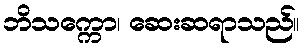
ဘိသက္ကော၊ ဆေးဆရာသည်။